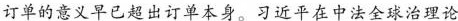
订单的意义早已超出订单本身。习近平在中法全球治理论